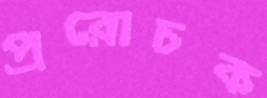
প্ররোচক